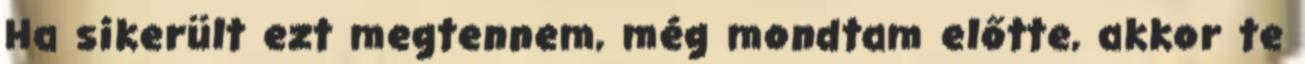
Ha sikerült ezt megtennem, még mondtam előtte, akkor te